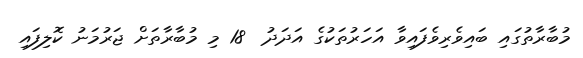
މުބާރާތުގައި ބައިވެރިވެފައިވާ އަހަރުތަކުގެ އަދަދު  18 މި މުބާރާތަށް ޖަރުމަނު ކޮލިފައި